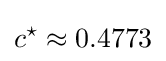
c^{\star }\approx 0.4773